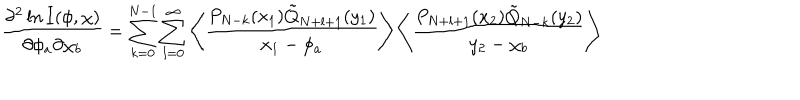
LaTeX: \frac { \partial ^ { 2 } \ln I ( \phi , \chi ) } { \partial \phi _ { a } \partial \chi _ { b } } = \sum _ { k = 0 } ^ { N - 1 } \sum _ { l = 0 } ^ { \infty } \left\langle \frac { P _ { N - k } ( x _ { 1 } ) \tilde { Q } _ { N + l + 1 } ( y _ { 1 } ) } { x _ { 1 } - \phi _ { a } } \right\rangle \left\langle \frac { P _ { N + l + 1 } ( x _ { 2 } ) \tilde { Q } _ { N - k } ( y _ { 2 } ) } { y _ { 2 } - \chi _ { b } } \right\rangle